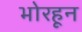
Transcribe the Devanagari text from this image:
भोरहून